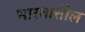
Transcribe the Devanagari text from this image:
भारतात्तील